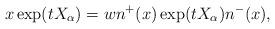
LaTeX: \begin{align*}x\exp(tX_{\alpha}) = wn^+(x)\exp(tX_{\alpha}) n^-(x),\end{align*}